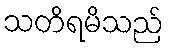
သတိရမိသည်